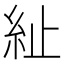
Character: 䊼